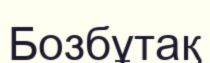
Бозбұтақ